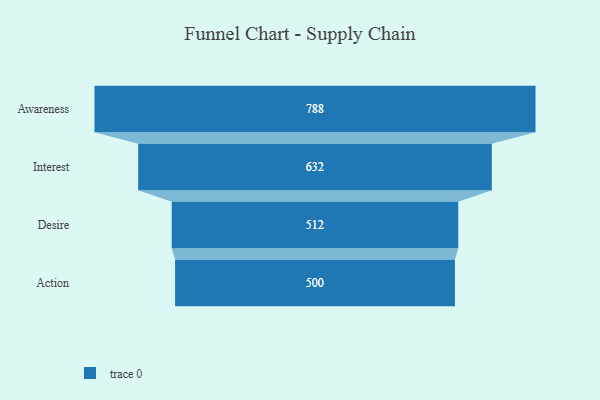
{"axis": {"x": "Stage", "y": "Value"}, "legend": [""], "data": [{"x": "Awareness", "y": 788.0, "type": ""}, {"x": "Interest", "y": 632.0, "type": ""}, {"x": "Desire", "y": 512.0, "type": ""}, {"x": "Action", "y": 500, "type": ""}]}